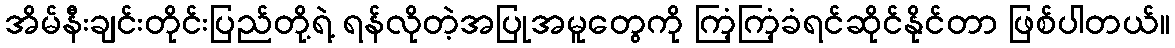
အိမ်နီးချင်းတိုင်းပြည်တို့ရဲ့ ရန်လိုတဲ့အပြုအမူတွေကို ကြံ့ကြံ့ခံရင်ဆိုင်နိုင်တာ ဖြစ်ပါတယ်။